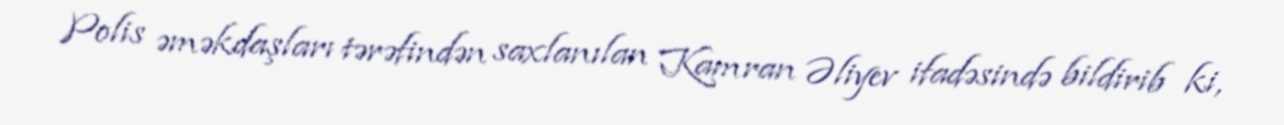
Polis əməkdaşları tərəfindən saxlanılan Kamran Əliyev ifadəsində bildirib ki,